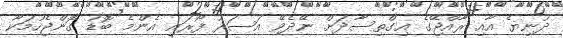
ދުނިޔެ އާއި ރާއްޖޭގެ އިގްތިސާދަށް ނޭދެވޭ އަސަރު ފޯރައި އެންމެ ބޮޑު ގޮންޖެހުމަކާ